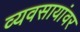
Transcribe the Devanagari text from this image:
व्यवसायांवर